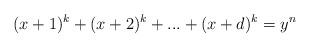
LaTeX: \begin{align*} (x+1)^k+(x+2)^k+ ... + (x+d)^k=y^{n}\end{align*}